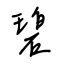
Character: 碧